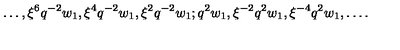
\ldots , \xi ^ { 6 } q ^ { - 2 } w _ { 1 } , \xi ^ { 4 } q ^ { - 2 } w _ { 1 } , \xi ^ { 2 } q ^ { - 2 } w _ { 1 } ; q ^ { 2 } w _ { 1 } , \xi ^ { - 2 } q ^ { 2 } w _ { 1 } , \xi ^ { - 4 } q ^ { 2 } w _ { 1 } , \ldots .